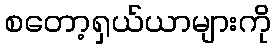
စတော့ရှယ်ယာများကို